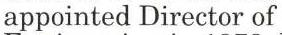
appointed Director of